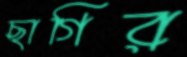
ছাগির